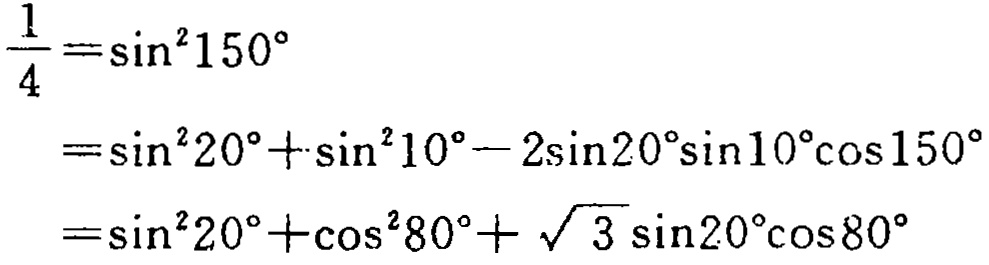
$\begin{align*}
\frac{1}{4}&=\sin^{2}150^{\circ}\\
&=\sin^{2}20^{\circ}+\sin^{2}10^{\circ}-2\sin20^{\circ}\sin10^{\circ}\cos150^{\circ}\\
&=\sin^{2}20^{\circ}+\cos^{2}80^{\circ}+\sqrt{3}\sin20^{\circ}\cos80^{\circ}
\end{align*}$